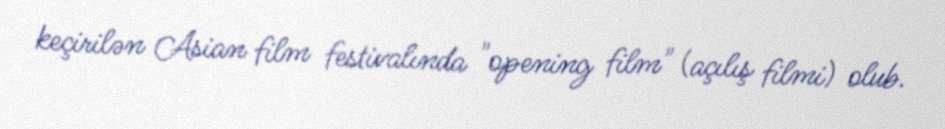
keçirilən Asian film festivalında "opening film" (açılış filmi) olub.